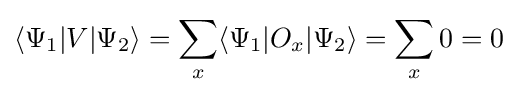
\langle \Psi _{1}|V|\Psi _{2}\rangle =\sum _{x}\langle \Psi _{1}|O_{x}|\Psi _{2}\rangle =\sum _{x}0=0